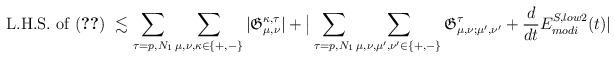
LaTeX: \begin{align*}\textup{L.H.S. of (\ref{eqn591}) } \lesssim\sum_{\tau=p, N_1} \sum_{\mu, \nu, \kappa\in\{+,-\}} |\mathfrak{G}_{\mu, \nu}^{\kappa,\tau}| +\big| \sum_{\tau=p,N_1} \sum_{\mu, \nu, \mu',\nu' \in\{+,-\}} \mathfrak{G}_{\mu, \nu;\mu',\nu'}^{\tau} + \frac{d}{d t} E_{modi}^{S, low2}(t)| \end{align*}